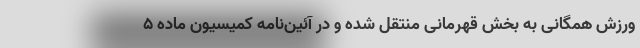
ورزش همگانی به بخش قهرمانی منتقل شده و در آئین‌نامه کمیسیون ماده ۵